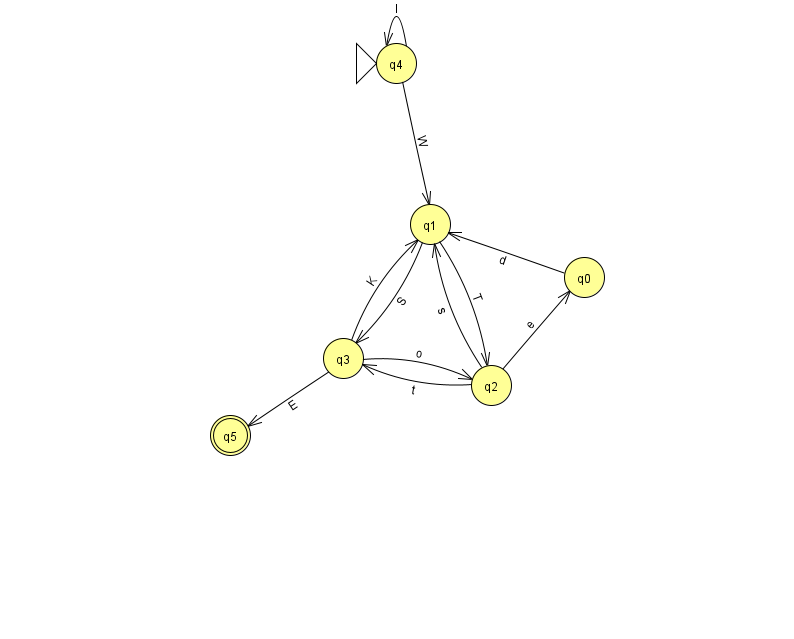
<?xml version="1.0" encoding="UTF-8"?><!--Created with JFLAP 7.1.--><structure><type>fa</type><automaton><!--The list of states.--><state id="0" name="q0"><x>584.0</x><y>264.0</y></state><state id="1" name="q1"><x>430.0</x><y>211.0</y></state><state id="2" name="q2"><x>491.0</x><y>372.0</y></state><state id="3" name="q3"><x>343.0</x><y>345.0</y></state><state id="4" name="q4"><x>396.0</x><y>50.0</y><initial/></state><state id="5" name="q5"><x>230.0</x><y>422.0</y><final/></state><!--The list of transitions.--><transition><from>2</from><to>0</to><read>e</read></transition><transition><from>3</from><to>1</to><read>K</read></transition><transition><from>2</from><to>3</to><read>t</read></transition><transition><from>0</from><to>1</to><read>d</read></transition><transition><from>1</from><to>3</to><read>S</read></transition><transition><from>2</from><to>1</to><read>s</read></transition><transition><from>1</from><to>2</to><read>T</read></transition><transition><from>4</from><to>1</to><read>W</read></transition><transition><from>4</from><to>4</to><read>l</read></transition><transition><from>3</from><to>2</to><read>o</read></transition><transition><from>3</from><to>5</to><read>E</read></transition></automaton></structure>